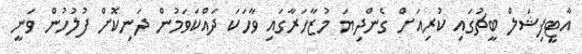
އާޓީފިޝަލް ބީޗުގައި ކުރިއަށް ގެންދިޔަ މުޒާހަރާގައި ވާހަކަ ދައްކަވަމުން ދަނިކޮށް ފުލުހުން ވަނީ